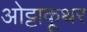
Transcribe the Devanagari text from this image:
ओट्टाकूथर